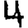
Digit: 4